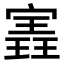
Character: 𫳽